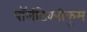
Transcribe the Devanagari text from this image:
पॉलीटेक्नीकुम